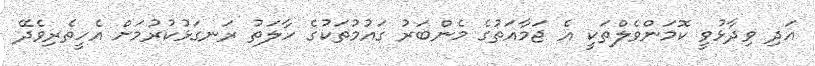
އަދި ވިދާޅުވީ ކޮމަންވެލްތަކީ އެ ޖަމާއަތުގެ މެންބަރު ގައުމުތަކުގެ ހާލަތު ރަނގަޅުކުރުމަށް އެހީތެރިވެދޭ